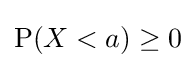
\operatorname {P} (X<a)\geq 0